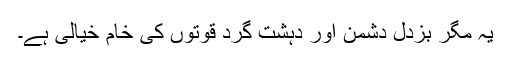
یہ مگر بزدل دشمن اور دہشت گرد قوتوں کی خام خیالی ہے۔